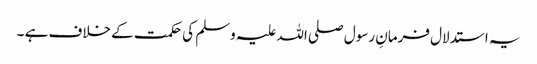
یہ استدلال فرمانِ رسول صلی اللہ علیہ وسلم کی حکمت کے خلاف ہے ۔